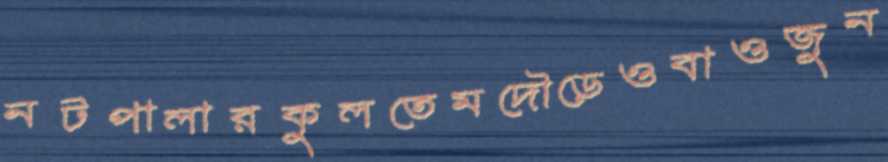
নটপালারকুলতেমদৌড়েওবাওজুন